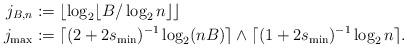
LaTeX: \begin{align*}j_{B,n}&:= \lfloor \log_2 \lfloor B/\log_2 n\rfloor\rfloor\\j_{\max}&:=\lceil (2+2s_{\min})^{-1}\log_2 (nB) \rceil\wedge \lceil (1+2s_{\min})^{-1}\log_2 n \rceil.\end{align*}